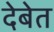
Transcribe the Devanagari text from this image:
देबेत